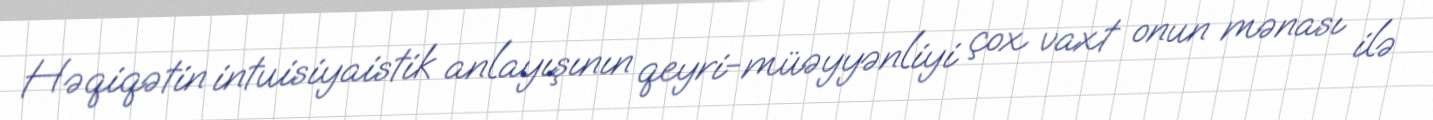
Həqiqətin intuisiyaistik anlayışının qeyri-müəyyənliyi çox vaxt onun mənası ilə